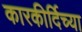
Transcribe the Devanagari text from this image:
कारकीर्दिच्या